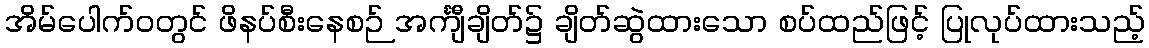
အိမ်ပေါက်ဝတွင် ဖိနပ်စီးနေစဉ် အင်္ကျီချိတ်၌ ချိတ်ဆွဲထားသော စပ်ထည်ဖြင့် ပြုလုပ်ထားသည့်